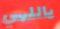
ياللهي